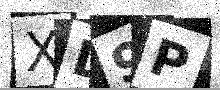
Text: XD9P